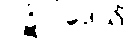
ပဋိပါဒေသိံ